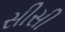
સીસી